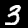
Label: 3